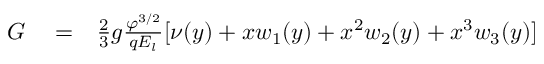
\begin{array} { r l r } { G } & { { } = } & { \frac { 2 } { 3 } g \frac { \varphi ^ { 3 / 2 } } { q E _ { l } } [ \nu ( y ) + x w _ { 1 } ( y ) + x ^ { 2 } w _ { 2 } ( y ) + x ^ { 3 } w _ { 3 } ( y ) ] } \end{array}